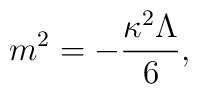
m^2=-\frac{\kappa^2\Lambda}{6},